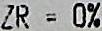
ZR = 0%